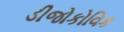
ડીજોકોવિક